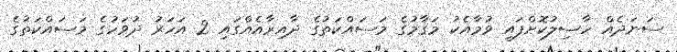
ސަނަދެއް ހާސިލުކޮށްފައި ވުމާއެކު މަޤާމުގެ މަސައްކަތުގެ ދާއިރާއެއްގައި 2 އަހަރު ދުވަހުގެ މަސައްކަތުގެ